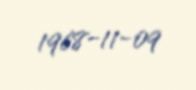
1968-11-09